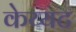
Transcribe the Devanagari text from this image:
केय्यट